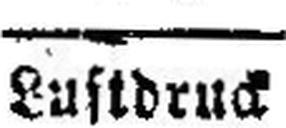
Lustdruck